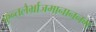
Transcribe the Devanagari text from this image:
कुन्तलैर्भ्राजमानाननम्